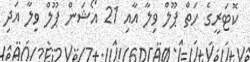
ކޮޓަރީގެ ހަތް ޕޫލް ވިލާ އާއި 21 އޯޝަން ޕޫލް ވިލާ އަދި